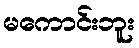
မကောင်းဘူး